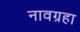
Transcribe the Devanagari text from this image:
नावग्रहा